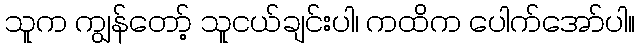
သူက ကျွန်တော့် သူငယ်ချင်းပါ၊ ကထိက ပေါက်အော်ပါ။